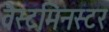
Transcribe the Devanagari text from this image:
वैस्टमिनस्टर